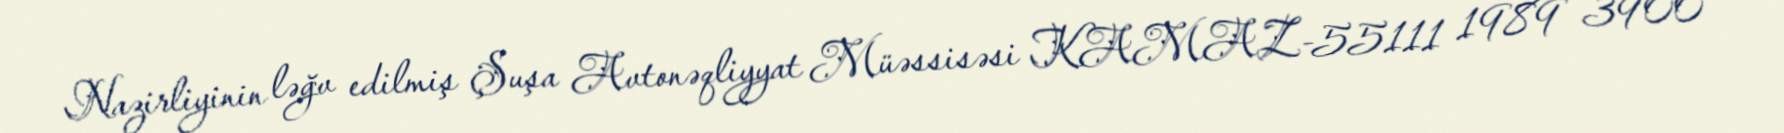
Nazirliyinin ləğv edilmiş Şuşa Avtonəqliyyat Müəssisəsi KAMAZ-55111 1989 3900